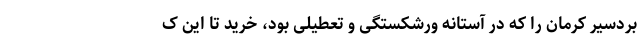
بردسیر کرمان را که در آستانه ورشکستگی و تعطیلی بود، خرید تا این ک